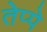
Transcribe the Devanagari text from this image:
तेप्पे